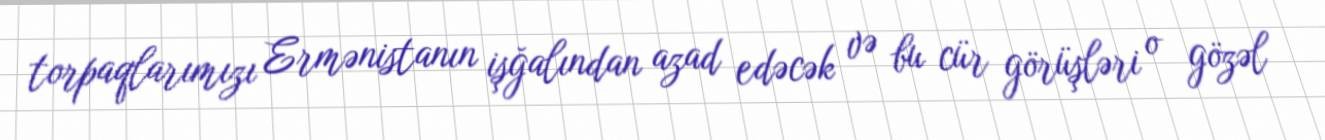
torpaqlarımızı Ermənistanın işğalından azad edəcək və bu cür görüşləri o gözəl